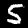
Label: 5